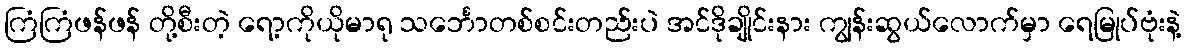
ကြံကြံဖန်ဖန် တို့စီးတဲ့ ရော့ကိုယိုမာရု သင်္ဘောတစ်စင်းတည်းပဲ အင်ဒိုချိုင်းနား ကျွန်းဆွယ်လောက်မှာ ရေမြုပ်ဗုံးနဲ့